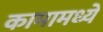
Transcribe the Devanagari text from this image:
कामामध्यें